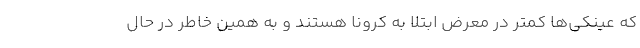
که عینکی‌ها کمتر در معرض ابتلا به کرونا هستند و به همین خاطر در حال